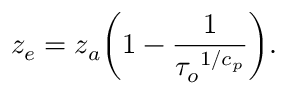
z _ { e } = z _ { a } \bigg ( 1 - { \frac { 1 } { { { \tau _ { o } } ^ { 1 / c _ { p } } } } } \bigg ) .